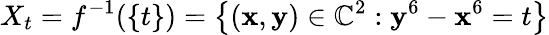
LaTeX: X_{t}=f^{-1}(\{ t\} )=\left\{ (\mathbf{x},\mathbf{y})\in\mathbb{{C}}^{2}:\mathbf{y}^{6}-\mathbf{x}^{6}=t\right\}